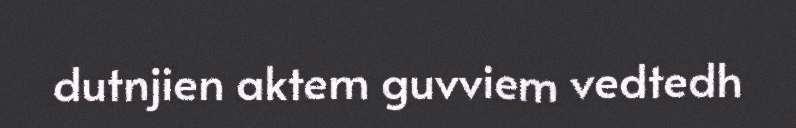
dutnjien aktem guvviem vedtedh